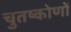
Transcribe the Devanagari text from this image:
चुतष्कोणों